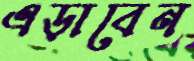
এড়াবেন